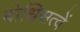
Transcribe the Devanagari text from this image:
बोधिसत्वें